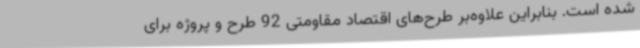
شده است. بنابراین علاوه‌بر طرح‌های اقتصاد مقاومتی 92 طرح و پروژه برای